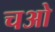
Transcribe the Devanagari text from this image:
चओ